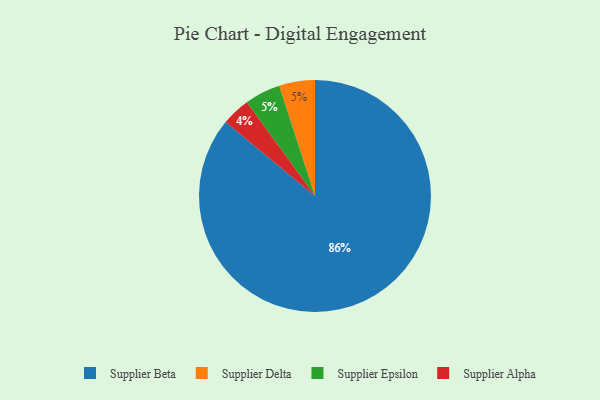
{"axis": {"x": "Category", "y": "Percentage"}, "legend": ["Supplier Alpha", "Supplier Beta", "Supplier Delta", "Supplier Epsilon"], "data": [{"x": "Supplier Beta", "y": 86, "type": "Supplier Beta"}, {"x": "Supplier Delta", "y": 5, "type": "Supplier Delta"}, {"x": "Supplier Alpha", "y": 4, "type": "Supplier Alpha"}, {"x": "Supplier Epsilon", "y": 5, "type": "Supplier Epsilon"}]}